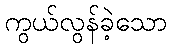
ကွယ်လွန်ခဲ့သော